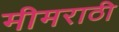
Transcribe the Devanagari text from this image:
मीमराठी